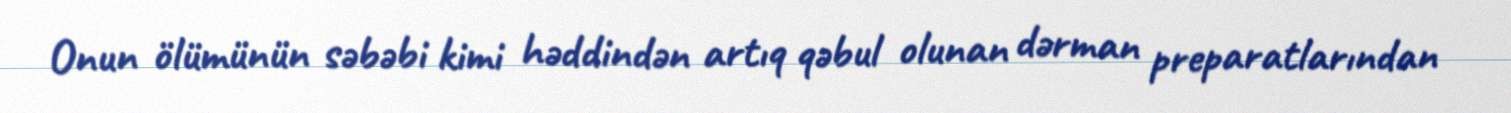
Onun ölümünün səbəbi kimi həddindən artıq qəbul olunan dərman preparatlarından